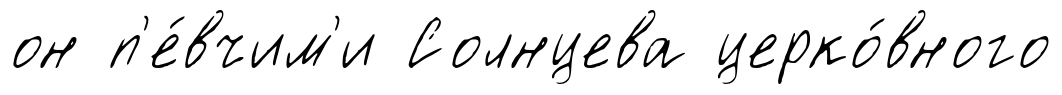
он п'е́вчим'и Солнцева церко́вного